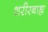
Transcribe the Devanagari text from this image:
शरीरबाह्य